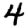
Digit: 4